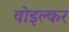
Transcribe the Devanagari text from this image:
वोइल्कर